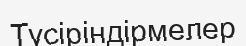
Түсіріндірмелер